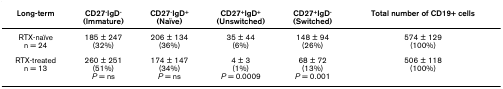
<table><thead><tr><td><b>Long-term</b></td><td><b>CD27<sup>-</sup>IgD<sup>-</sup>(Immature)</b></td><td><b>CD27<sup>-</sup>IgD<sup>+</sup>(Naïve)</b></td><td><b>CD27<sup>+</sup>IgD<sup>+</sup>(Unswitched)</b></td><td><b>CD27<sup>+</sup>IgD<sup>-</sup>(Switched)</b></td><td><b>Total number of CD19+ cells</b></td></tr></thead><tbody><tr><td>RTX-naïven = 24</td><td>185 ± 247(32%)</td><td>206 ± 134(36%)</td><td>35 ± 44(6%)</td><td>148 ± 94(26%)</td><td>574 ± 129(100%)</td></tr><tr><td>RTX-treatedn = 13</td><td>260 ± 251(51%)<i>P </i>= ns</td><td>174 ± 147(34%)<i>P </i>= ns</td><td>4 ± 3(1%)<i>P </i>= 0.0009</td><td>68 ± 72(13%)<i>P </i>= 0.001</td><td>506 ± 118(100%)</td></tr></tbody></table>